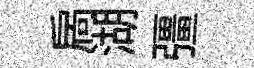
扄湖彊